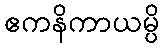
ဧကနိကာယမ္ပိ